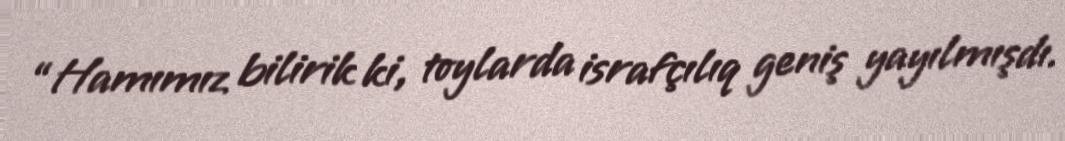
“Hamımız bilirik ki, toylarda israfçılıq geniş yayılmışdı.